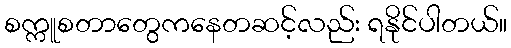
စက္ကူစတာတွေကနေတဆင့်လည်း ရနိုင်ပါတယ်။